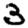
Digit: 3